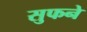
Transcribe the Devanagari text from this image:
सुफने